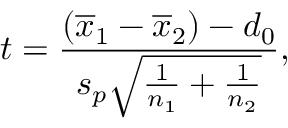
t = { \frac { ( { \overline { { x } } } _ { 1 } - { \overline { { x } } } _ { 2 } ) - d _ { 0 } } { s _ { p } { \sqrt { { \frac { 1 } { n _ { 1 } } } + { \frac { 1 } { n _ { 2 } } } } } } } ,